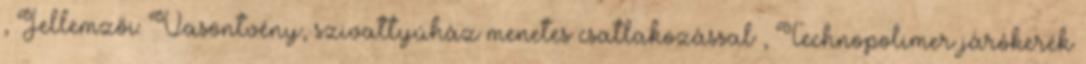
, Jellemzői: Vasöntvény, szivattyúház menetes csatlakozással , Technopolimer járókerék